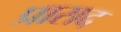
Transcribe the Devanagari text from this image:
प्रासद